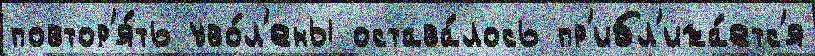
повтор'я́ть уво́л'ены остава́лось пр'ибл'ижа́етс'я